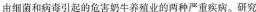
由细菌和病毒引起的危害奶牛养殖业的两种严重疾病。研究